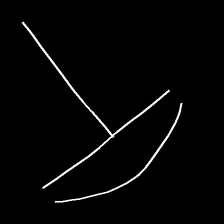
Glyph: dispersion